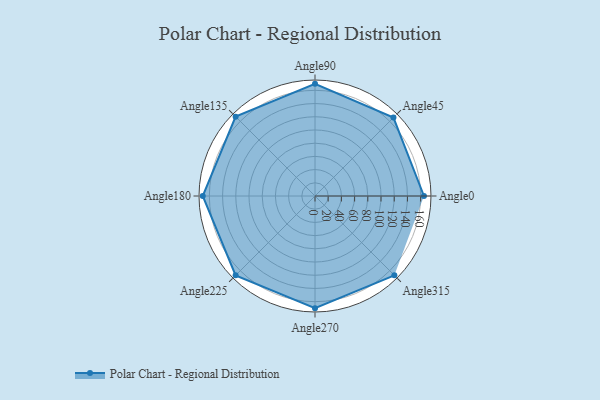
{"axis": {"x": "Angle", "y": "Radius"}, "legend": [""], "data": [{"x": "Angle0", "y": 165.0, "type": ""}, {"x": "Angle45", "y": 168.0, "type": ""}, {"x": "Angle90", "y": 170, "type": ""}, {"x": "Angle135", "y": 170, "type": ""}, {"x": "Angle180", "y": 170, "type": ""}, {"x": "Angle225", "y": 170, "type": ""}, {"x": "Angle270", "y": 170, "type": ""}, {"x": "Angle315", "y": 170, "type": ""}]}